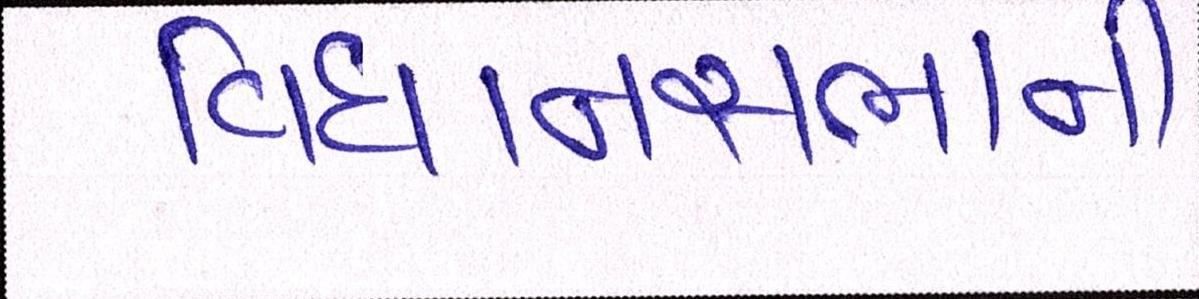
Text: વિધાનસભાની